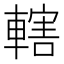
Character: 轄